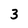
Character: 3